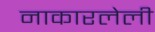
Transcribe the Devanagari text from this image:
नाकारलेली